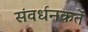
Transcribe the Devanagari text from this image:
संवर्धनकर्ते